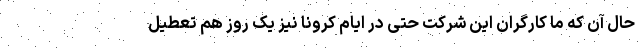
حال آن که ما کارگران این شرکت حتی در ایام کرونا نیز یک روز هم تعطیل